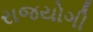
રાજયોગી